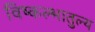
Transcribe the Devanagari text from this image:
विष्कल्भातुल्य